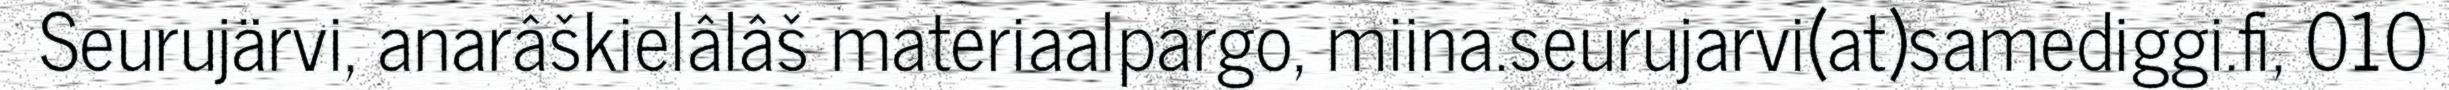
Seurujärvi, anarâškielâlâš materiaalpargo, miina.seurujarvi(at)samediggi.fi, 010